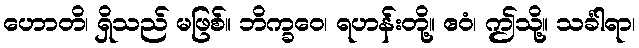
ဟောတိ၊ ရှိသည် မဖြစ်။ ဘိက္ခဝေ၊ ရဟန်းတို့။ ဧဝံ၊ ဤသို့။ သင်္ခါရာ၊